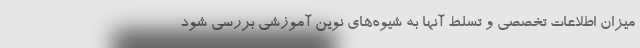
میزان اطلاعات تخصصی و تسلط آنها به شیوه‌های نوین آموزشی بررسی شود